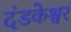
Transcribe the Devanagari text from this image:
दंडकेश्वर